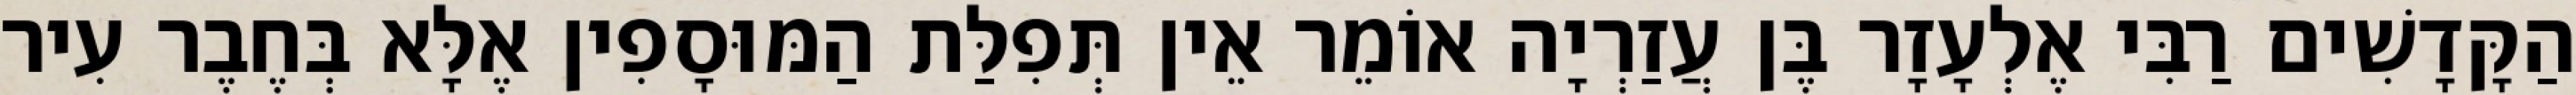
הַקָּדָשִׁים רַבִּי אֶלְעָזָר בֶּן עֲזַרְיָה אוֹמֵר אֵין תְּפִלַּת הַמּוּסָפִין אֶלָּא בְּחֶבֶר עִיר